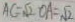
A C = \sqrt { 2 } O A = \sqrt { 2 }